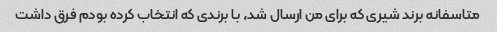
متاسفانه برند شیرى که براى من ارسال شد، با برندى که انتخاب کرده بودم فرق داشت